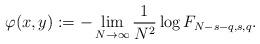
LaTeX: \begin{align*}\varphi(x,y):=-\lim_{N\to\infty}\frac{1}{N^2}\log F_{N-s-q,s,q}.\end{align*}